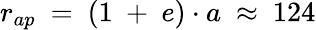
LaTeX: \begin{array}{l}{r_{ap}\ =\ (1\ +\ e)\cdot a\ \approx\ 124}\end{array}